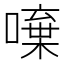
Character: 𠾍